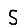
Digit: 5